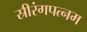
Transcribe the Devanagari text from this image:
स्रीरंगपत्नम